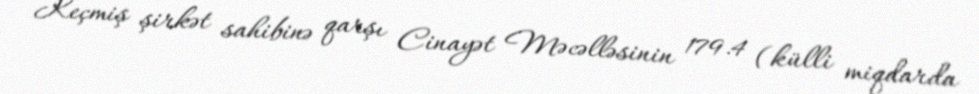
Keçmiş şirkət sahibinə qarşı Cinayət Məcəlləsinin 179.4 (külli miqdarda